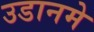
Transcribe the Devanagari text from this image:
उडानमे